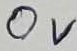
Text: 0V